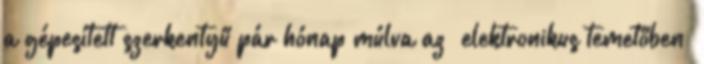
a gépesített szerkentyű pár hónap múlva az „elektronikus temetőben”